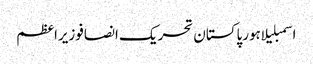
اسمبلیلاہورپاکستان تحریک انصافوزیراعظم